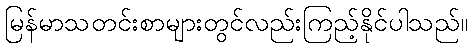
မြန်မာသတင်းစာများတွင်လည်းကြည့်နိုင်ပါသည်။